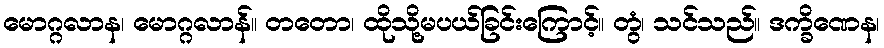
မောဂ္ဂလာန၊ မောဂ္ဂလာန်။ တတော၊ ထိုသို့မပယ်ခြင်းကြောင့်။ တွံ၊ သင်သည်။ ဒက္ခိဏေန၊